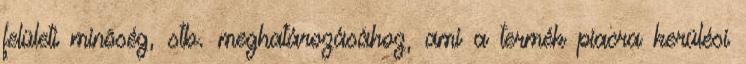
felületi minõség, stb. meghatározásához, ami a termék piacra kerülési